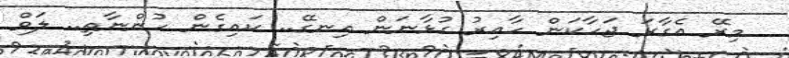
މިރޭ އެގާރަ ޖަހާކަން ހާއިރު ގުޅާނަން އިނގޭ.. ކައިގެން ހުންނާތި.. ލަވް